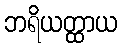
ဘရိယတ္ထာယ